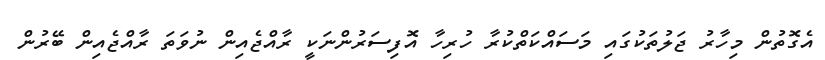
އެގޮތުން މިހާރު ޖަލުތަކުގައި މަސައްކަތްކުރާ ހުރިހާ އޮފިސަރުންނަކީ ރާއްޖެއިން ނުވަތަ ރާއްޖެއިން ބޭރުން